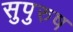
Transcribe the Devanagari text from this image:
सुपुरुष